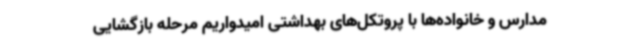
مدارس و خانواده‌ها با پروتکل‌های بهداشتی امیدواریم مرحله بازگشایی